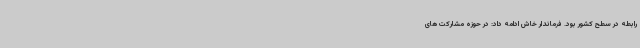
رابطه در سطح کشور بود. فرماندار خاش ادامه داد: در حوزه مشارکت های